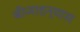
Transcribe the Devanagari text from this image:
बीजाडन्यास